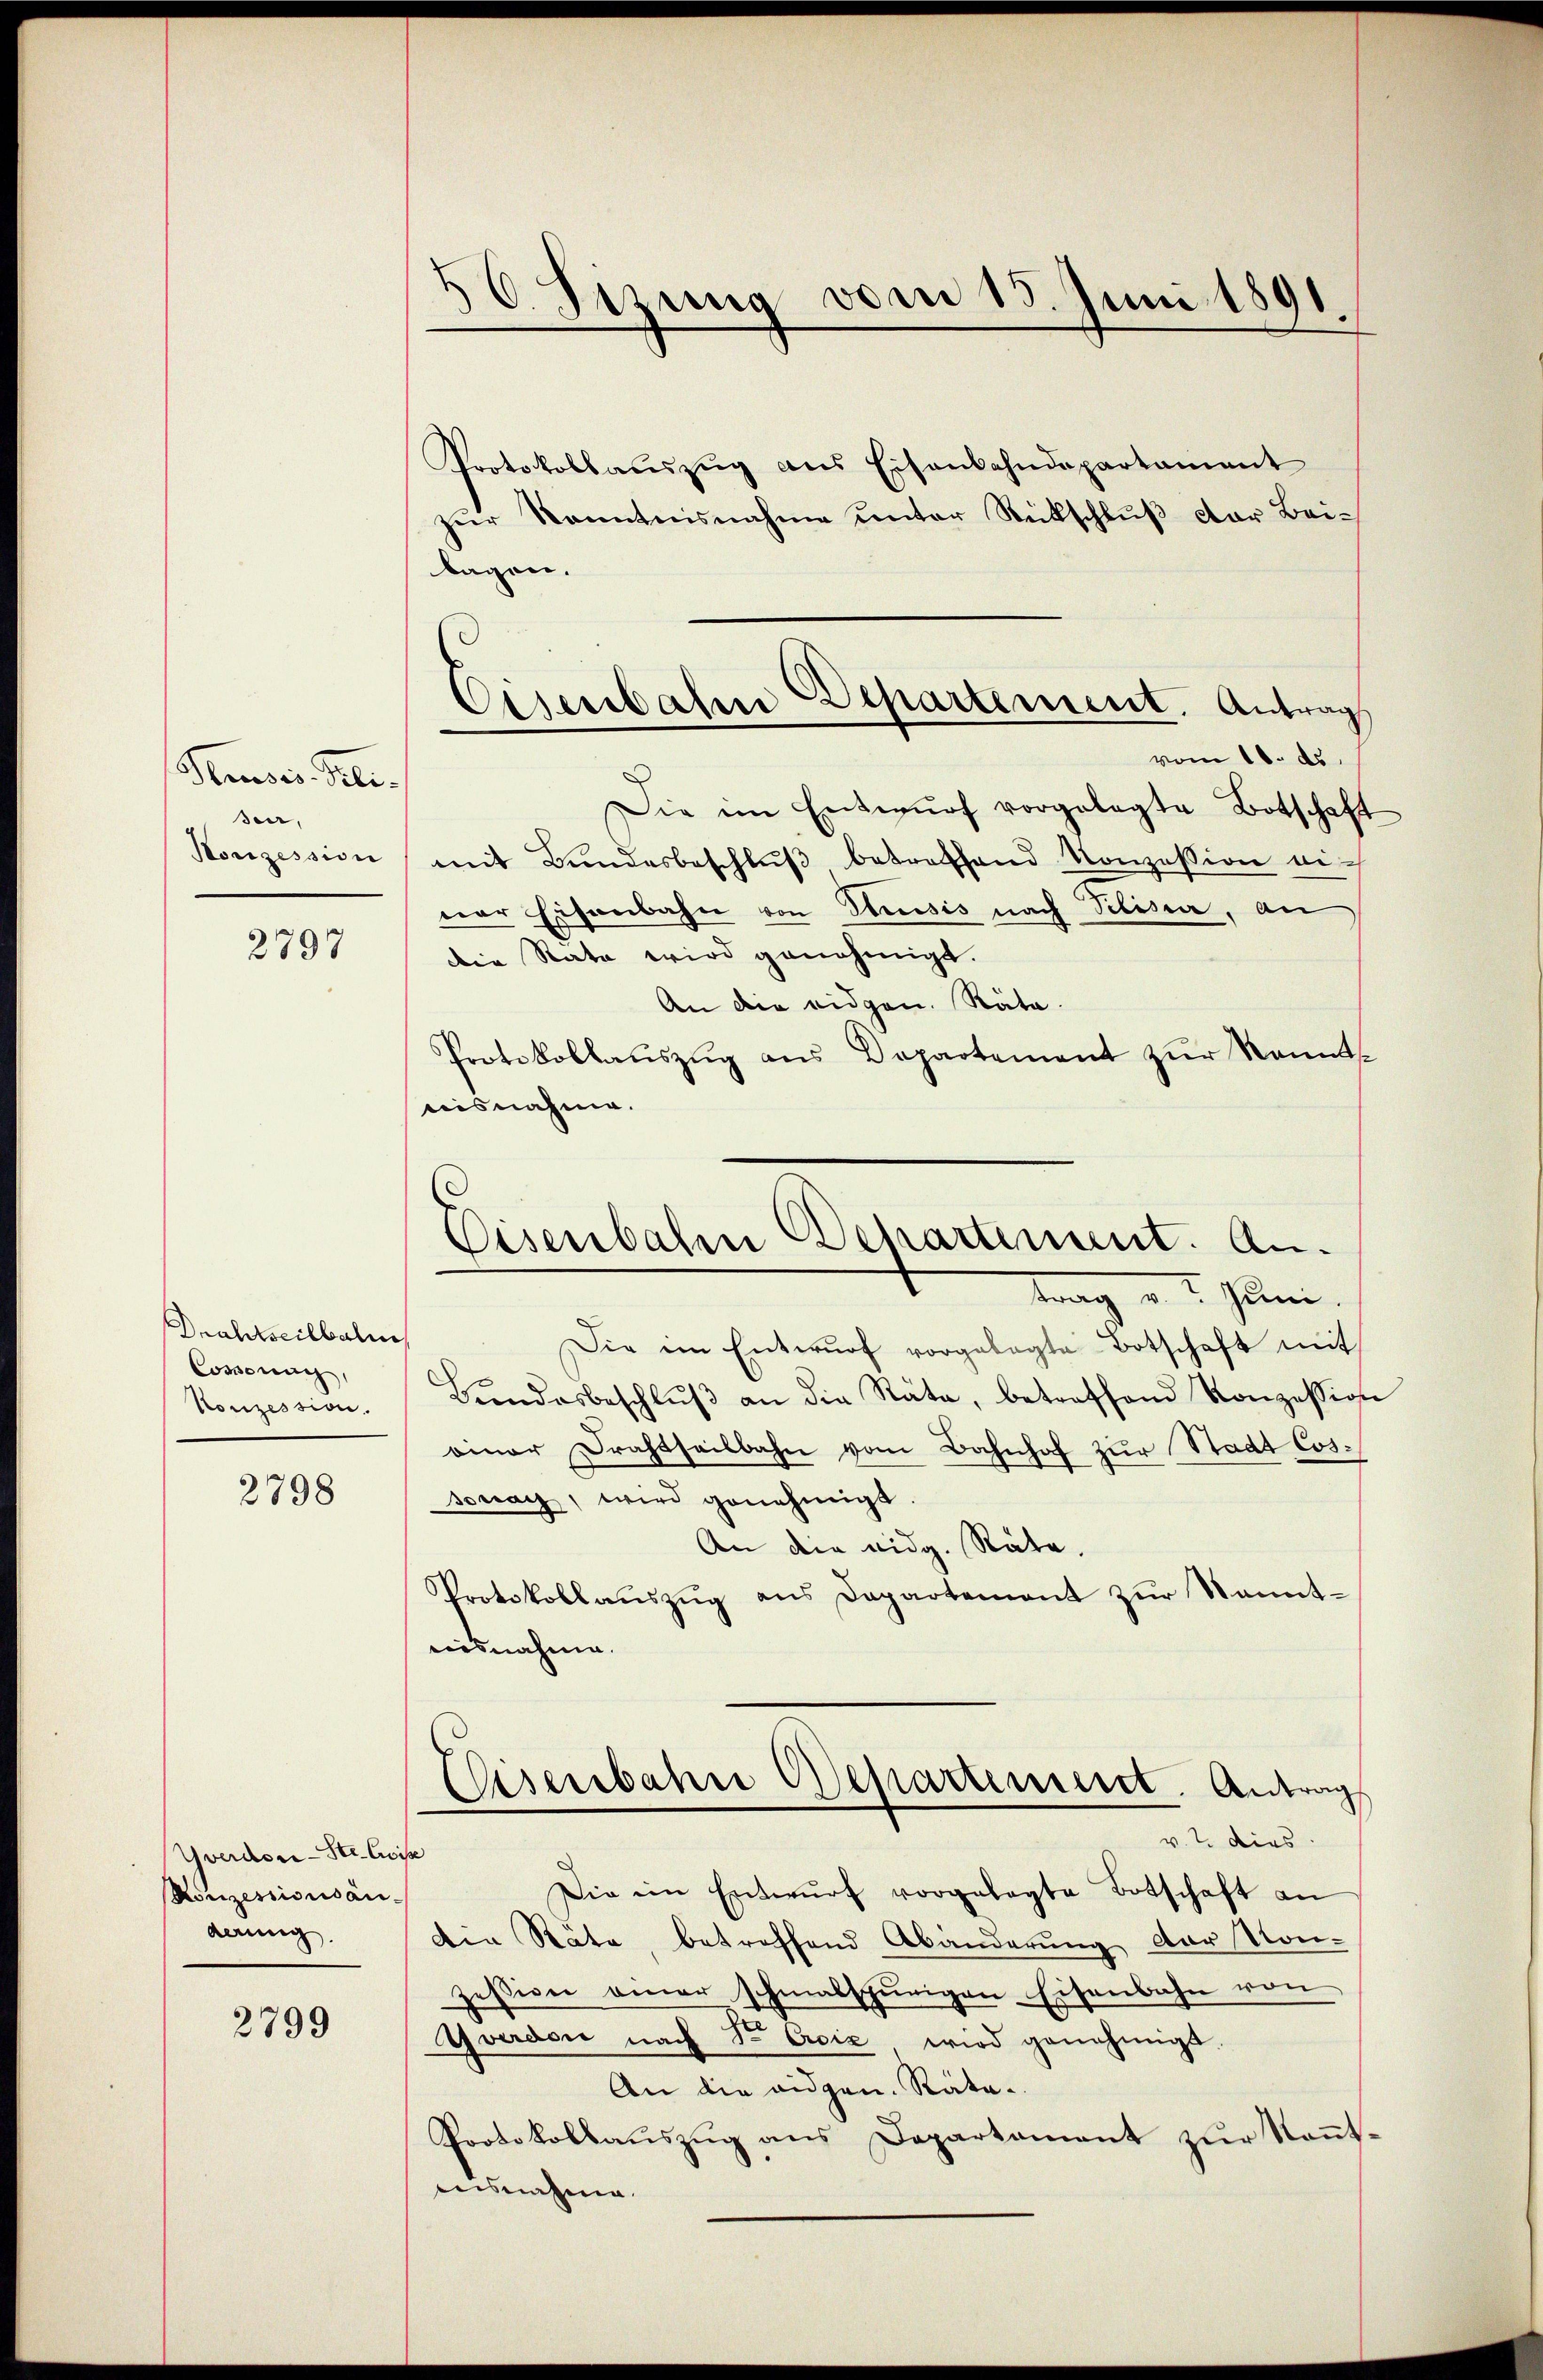
g
C. Sizung vom 15. Juni 1891

Protokollaŭszŭg aŭs Eisenbahndepartament
zur Kenntnisnahme unter Rückschluß der Bei-
lagen.
Die im Entwŭrf vorgelegte Botschaft
mit Bundesbeschlŭβ betreffend Konzession einer Eisenbahn von Grussis nach Pilisia, an
die Rate wird genehmigt.
An die eidgen. Räte.
Protokollaŭszŭg ans Departement zur Kenntnisnahme.

Eisenbahn Departement. Antrag
vom 18. ds.

Pauses Feli
seer.
Konzession

2797

Eisenbahn Departement. An¬

s.
Die in Entwŭrf vorgelegte Botschaft mit
Bŭndesbeschlŭβ an die Räte, betreffend Konzession
einer Drahtheilbahn vom Bahnhof zur Stadt Cossonay, wird genehmigt.
An die eidg. Räte,
Protokollaŭszŭg ans Departement zŭr kannt-
ausnahme.

Drahtseilbalm
Commung,
Konzession.

2798

Eisenbahn Departement. Antrag
v. 7. dies

Die ein Entwŭrf vorgelegte Botschaft an
die Räte betreffend Abänderung der Kon-
zession einer schmalspurigen Eisenbahn von
Yverdon nach Sr Exciz wird genehmigt.
An die eidgen. Räte.
Protokollaŭszŭg ans Departament zŭr Keṅt-
eisnahme

Yverdon-Ste. Eise
Konzessionsanaerung.

2799